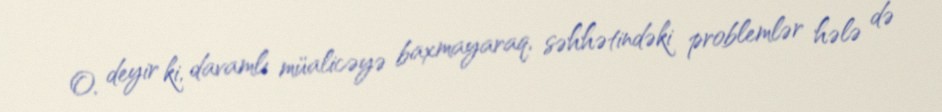
O, deyir ki, davamlı müalicəyə baxmayaraq, səhhətindəki problemlər hələ də